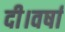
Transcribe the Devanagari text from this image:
दी।वर्षा